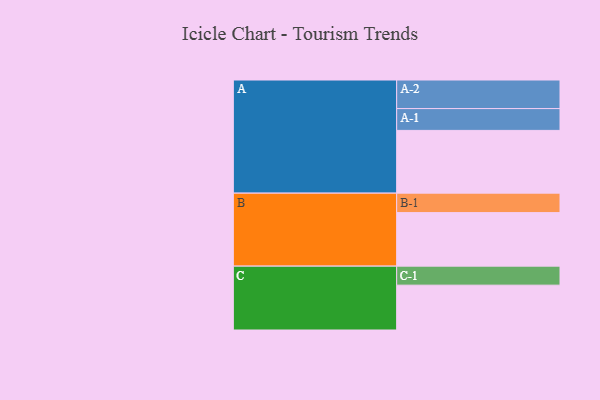
{"axis": {"x": "Segment", "y": "Value"}, "legend": ["", "A", "B", "C"], "data": [{"x": "A", "y": 564, "type": ""}, {"x": "B", "y": 481, "type": ""}, {"x": "C", "y": 403, "type": ""}, {"x": "A-1", "y": 196, "type": "A"}, {"x": "A-2", "y": 257, "type": "A"}, {"x": "B-1", "y": 175, "type": "B"}, {"x": "C-1", "y": 171, "type": "C"}]}